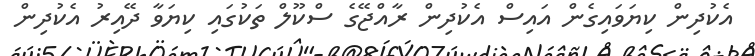
އެކުދިން ކިޔަވައިގެން އައިސް އެކުދިން ރާއްޖޭގެ ސްކޫލް ތަކުގައި ކިޔަވާ ދޭއިރު އެކުދިން